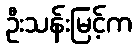
ဦးသန်းမြင့်က